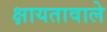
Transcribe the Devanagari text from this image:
क्षायतावाले